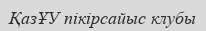
ҚазҰУ пікірсайыс клубы